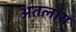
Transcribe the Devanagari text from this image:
अतलाय